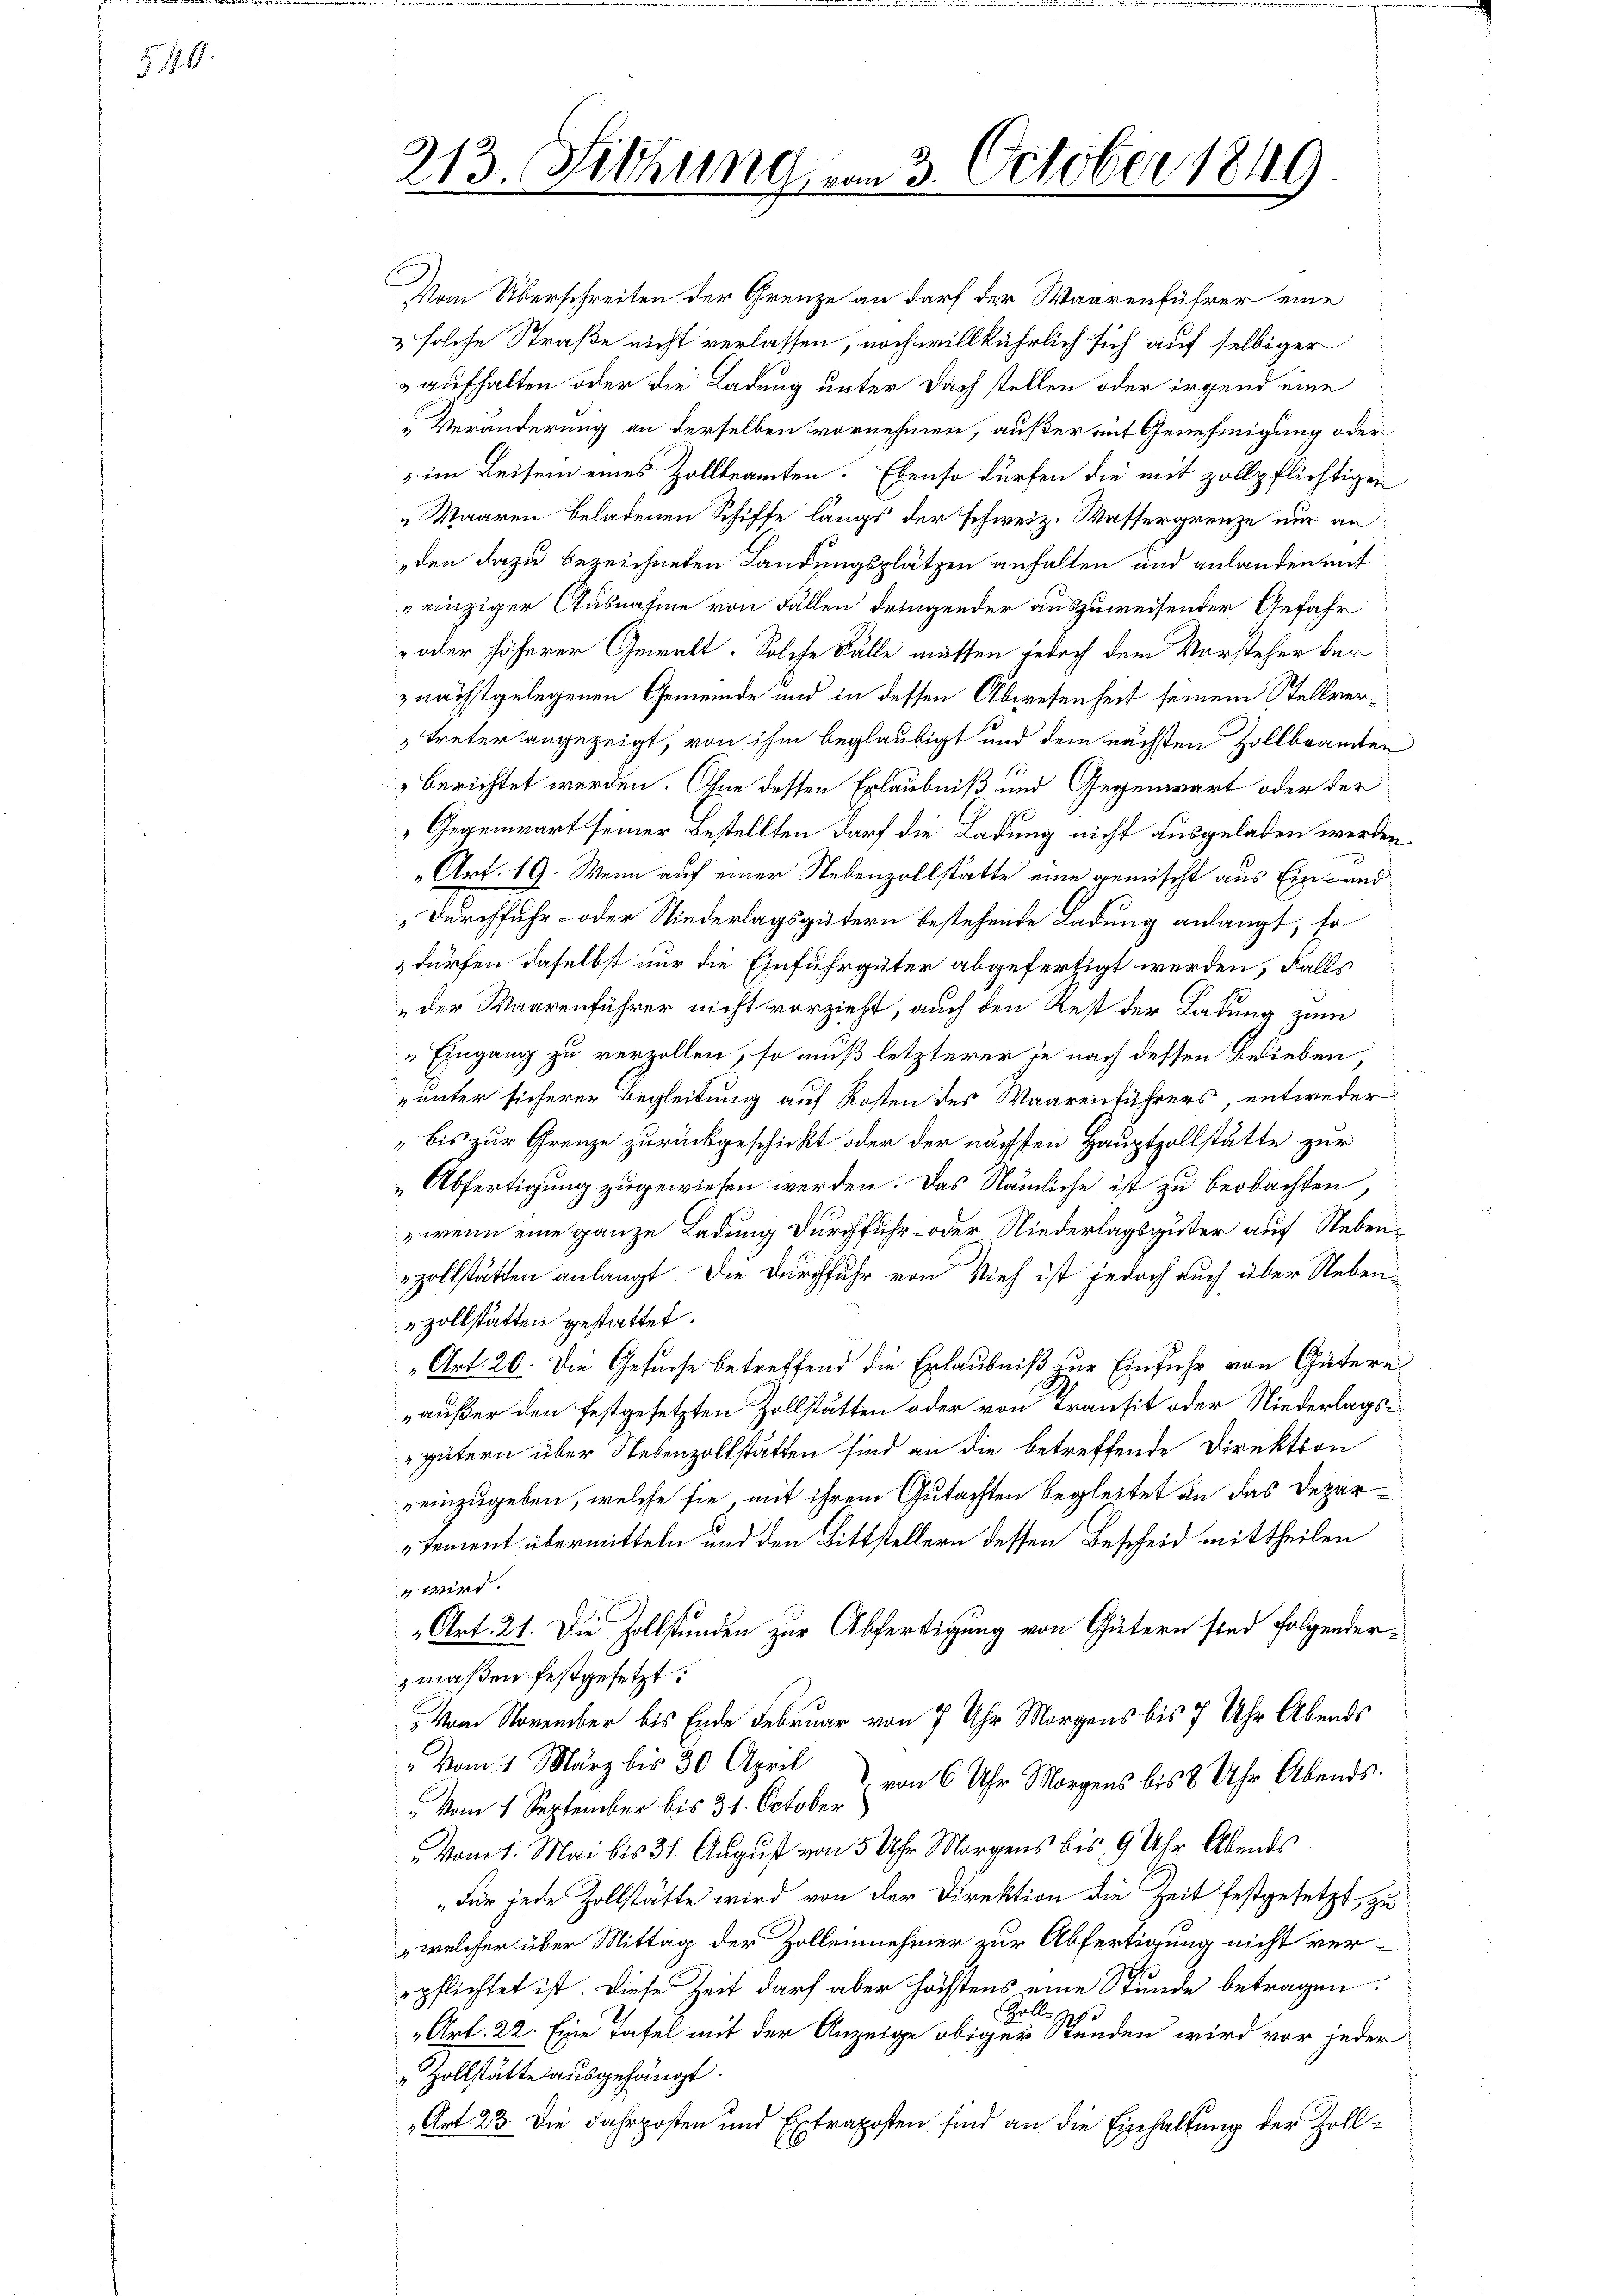
§ 10

213. Sitzung vom 3. October 1849

Vom Überschreiten der Grenze an darf der Waarenführer eine
& solche Straße nicht verlassen, noch willkührlich sich auf selbiger
aufhalten oder die Ladung unter Doch stellen oder irgend eine
„Veränderung an derselben vornehmen, außer mit Genehmigung oder
im Beisein eines Zollbeamten. Ebenso dürfen die mit zollpflichtigen
„Waaren beladenen Schiffe längs der schweiz. Wassergrenze nur an
den dazu bezeichneten Landungsplätzen anhalten und anlanden mit
einziger Ausnahme von Fällen dringender auszuweisender Gefahr
 oder höherer Gewalt. Solche Fälle müssen jedoch dem Vorsteher der
znächstgelegenen Gemeinde und in dessen Abwesenheit seinem Stellver¬
 treter angezeigt, von ihm beglaubigt und dem nächsten Zollbranten
berichtet werden. Ohne dessen Erlaubniß und Gegenwart oder der
Gegenwart seiner Bestellten darf die Ladung nicht ausgeladen werden
Art. 19. Wenn auf einer Nebenzollstatte eine gemischt aus Ein- und
Durchfuhr- oder Niederlagsgütern bestehende Ladung anlangt, so
 dürfen daselbst nur die Einfuhrgüter abgefertigt werden, Falls
der Waarenführer nicht vorzieht, auch den Rest der Ladung zum
Eingang zu verzollen, so muß letzterer je nach dessen Belieben
„unter sicherer Begleitung auf Kosten des Waarenführers, entweder
bis zur Grenze zurückgeschickt oder der nächsten Hauptzollstätte zur
Abfertigung zugewiesen werden. Das Nämliche ist zu beobachten,
, wenn eine ganze Ladung durchfuhr oder Niederlagsgüter auf Nebenzollstätten anlangt. Die Durchfuhr von Vieh ist jedoch auch über Nebenzollstatten gestattet.
"Art. 20. Die Gesuche betreffend die Erlaubniß zur Einfuhr von Gütern
„außer den festgesetzten Zollstätten oder von Transit oder Niederlagsgütern über Nebenzollstätten sind an die betreffende Direktion
einzugeben, welche sie, mit ihrem Gutachten begleitet an das Depar¬
„Tement übermitteln und den Bittstellern dessen Bescheid mittheilen
 wird.
Art. 21. Die Zollstunden zur Abfertigung von Gütern sind folgendermaßen festgesetzt:
Vom November bis Ende Februar von 7 Uhr Morgens bis 7 Uhr Abends
" vom 1 März bis 30 April
Vom 1. September bis 31. October von 6 Uhr Morgens bis 8 Uhr Abends.
"Vom 1. Mai bis 31. August von 5 Uhr Morgens bis 9 Uhr Abends
„Für jede Zollstätte wird von der Direktion die Zeit festgesetzt, zu
welcher über Mittag der Zollennehmer zur Abfertigung nicht verpflichtet ist. Diese Zeit darf aber höchstens eine Stunde betragen.
Zelle gehe
„Art. 22. Eine Tafel mit der Anzeige obiger Stunden wird vor jeder
Hollstätte ausgehängt.
Art. 23. Die Jahrposten und Extraposten sind an die Einhaltung der Zoll¬